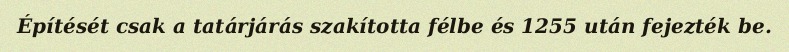
Építését csak a tatárjárás szakította félbe és 1255 után fejezték be.